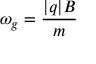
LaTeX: \omega _ { g } = { \frac { | q | B } { m } }